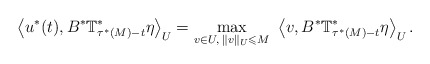
\begin{align*}\ \left\langle u^*(t),B^* \mathbb{T}_{\tau^*(M)-t}^* \eta \right\rangle_U= \displaystyle\max_{v\in U,\; \|v\|_U \leqslant M}\ \left\langle v,B^* \mathbb{T}_{\tau^*(M)-t}^* \eta \right\rangle_U.\end{align*}